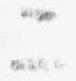
二